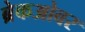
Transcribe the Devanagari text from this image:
ब्रेकओवर